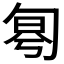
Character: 𠣤